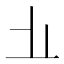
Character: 𱤻